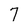
Character: 7